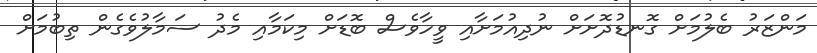
މަންޒަރު ބެލުމަށް ގޮނޑުދޮށަށް ނުދިއުމަށާއި ވީހާވެސް ބޮޑަށް މިކަމާއި މެދު ސަމާލުވެގެން ތިބުމަށް